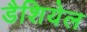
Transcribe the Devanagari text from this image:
डैशियेल